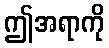
ဤအရာကို